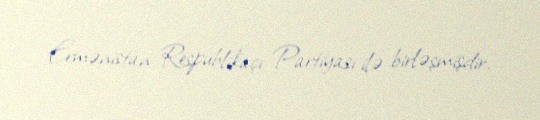
Ermənistan Respublikaçı Partiyası ilə birləşmişdir.